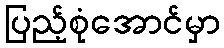
ပြည့်စုံအောင်မှာ